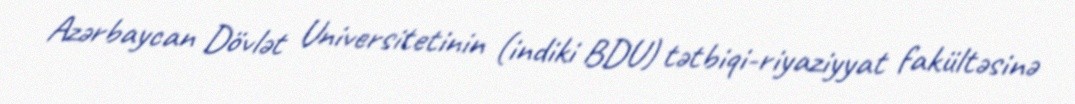
Azərbaycan Dövlət Universitetinin (indiki BDU) tətbiqi-riyaziyyat fakültəsinə